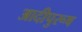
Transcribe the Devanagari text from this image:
आदीपुरूष